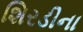
શિરડીના